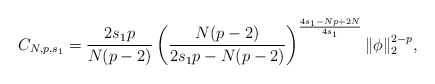
\begin{align*}\displaystyle C_{N,p,s_1}=\frac{2s_1p}{N(p-2)}\left(\frac{N(p-2)}{2s_1p-N(p-2)}\right)^{\frac{4s_1-Np+2N}{4s_1}}\|\phi\|_2^{2-p},\end{align*}